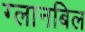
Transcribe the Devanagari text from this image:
ग्लानबिल